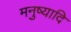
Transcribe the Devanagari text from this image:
मनुष्यादि